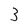
Character: 3